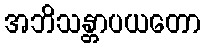
အဘိသန္တာပယတော